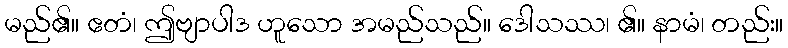
မည်၏။ ဧတံ၊ ဤဗျာပါဒ ဟူသော အမည်သည်။ ဒေါသဿ၊ ၏။ နာမံ၊ တည်း။